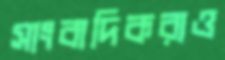
সাংবাদিকরাও